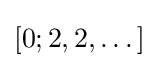
[0;2,2,\dots ]